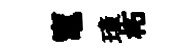
竈璋柘